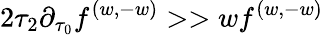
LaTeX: {2\tau_{2}\partial_{\tau_{0}}f^{(w,-w)}>>wf^{(w,-w)}}